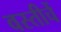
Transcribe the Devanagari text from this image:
वस्तीचें